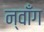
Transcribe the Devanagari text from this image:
न्वाँग